Bulletin of the Pasteur Institute of Southern India, Coonoor - No. 3.
Year: 1910
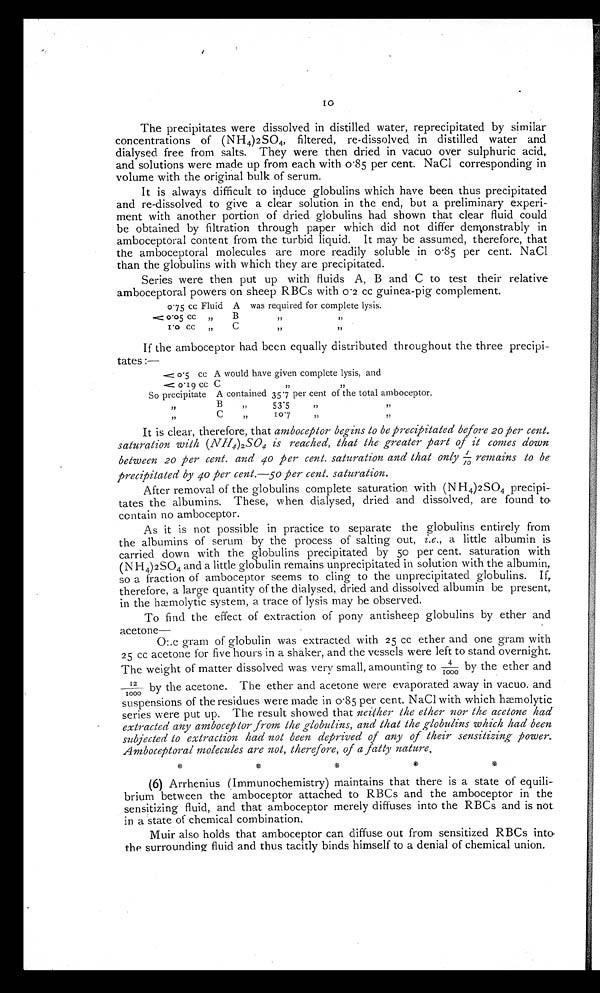
10
The precipitates were dissolved in distilled water, reprecipitated by similar
concentrations of (NH 4) 2 SO4, filtered, re-dissolved in distilled water and
dialysed free from salts. They were then dried in vacuo over sulphuric acid
, a n d s o l u t i o n s w e r e m a d e u p f r o m e a c h w i t h 0 · 8 5 p e r c e n t . N a C l c o r r e s p o n d i n g i n
volume with the original bulk of serum.
It is always difficult to induce globulins which have been thus precipitated
and re-dissolved to give a clear solution in the end, but a preliminary experi-
ment with another portion of dried globulins had shown that clear fluid could
be obtained by filtration through paper which did not differ demonstrably in
amboceptoral content from the turbid liquid. It may be assumed, therefore, that
the amboceptoral molecules are more readily soluble in 0·85 per cent. NaCl.
than the globulins with which they are precipitated.
Series were then put up with fluids A, B and C to test their relative
amboceptoral powers on sheep RBCs with 0 .2 cc guinea-pig complement.
0·75 cc Fluid A was required for complete lysis.
< 0 · 0 5 c c B " "
1·0 cc
C
"
"
If the amboceptor had been equally distributed throughout the three precipi-
tates:—
<0·5 cc A would have given complete lysis, and
<0· 1 9 cc C " "
So precipitate A contained 35 .7 per cent of the total amboceptor.
B
53.5
"
"
C
I 0 . 7 " "
It is clear, therefore, that amboceptor begins to be precipitated before 20 per cent.
saturation with (NH4)2SO4 is reached, that the greater part of it comes down
between 20 per cent. and 40 per cent. saturation and that only 1/10 remains to be
precipitated by 40 per cent.—50 per cent. saturation.
After removal of the globulins complete saturation. with (NH 4)2SO4 precipi-
tates the albumins. These, when dialysed, dried and dissolved, are found to
contain no amboceptor.
As it is not possible in practice to separate the globulins entirely from
the albumins of serum by the process of salting out, i.e., a little albumin is
carried down with the globulins precipitated by 50 per cent. saturation with
(NH 4) 2 SO4 and a little globulin remains unprecipitated in solution with the albumin,
so a fraction of amboceptor seems to cling to the unprecipitated globulins. If,
therefore, a large quantity of the dialysed, dried and dissolved albumin be present,.
in the hæmolytic system, a trace of lysis may be observed.
To find the effect of extraction of pony antisheep globulins by ether and
acetone—
One gram of globulin was extracted with 25 cc ether and one gram with
25 cc acetone for five hours in a shaker, and the vessels were left to stand overnight.
The weight of matter dissolved was very small, amounting to 4/1000 by the ether and
12/1000by the acetone. The ether and acetone were evaporated away in vacuo
and suspensions of the residues were made in 0 ·85 per cent. NaCl with which. hæmolytic
series were put up. The result showed that neither the ether nor the acetone had
extracted any amboceptor from the globulins, and that the globulins which had been
subjected to extraction had not been deprived of any of their sensitizing power.
Amboceptoral molecules are not, therefore, of a fatty nature.
(6) Arrhenius (Immunochemistry) maintains that there is a state of equili
brium between the amboceptor attached to RBCs and the amboceptor in the
sensitizing fluid, and that amboceptor merely diffuses into the RBCs and is not.
in a state of chemical combination.
Muir also holds that amboceptor can diffuse out from sensitized RBCs into
the surrounding fluid and thus tacitly binds himself to a denial of chemical union.